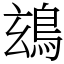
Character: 䲻